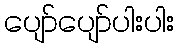
ပျော်ပျော်ပါးပါး